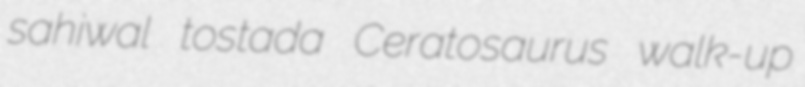
sahiwal tostada Ceratosaurus walk-up